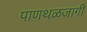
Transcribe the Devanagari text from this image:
पाणथळजागी